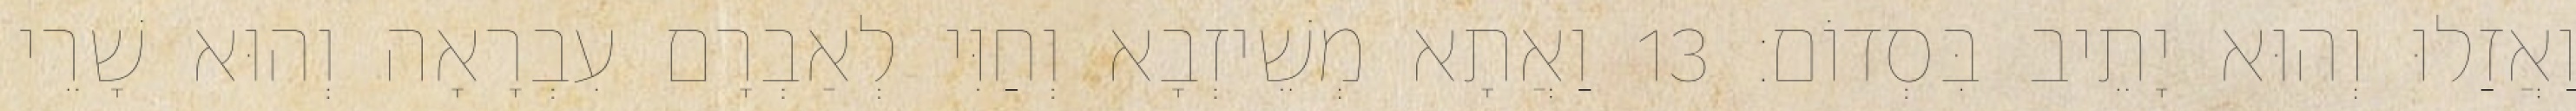
וַאֲזַלוּ וְהוּא יָתֵיב בִּסְדוֹם׃ 13 וַאֲתָא מְשֵׁיזְבָא וְחַוִּי לְאַבְרָם עִבְרָאָה וְהוּא שָׁרֵי